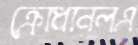
ক্রোধানলএ